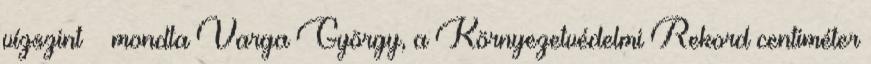
vízszint – mondta Varga György, a Környezetvédelmi Rekord centiméter